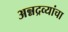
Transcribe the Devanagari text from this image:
अन्नद्रव्यांचा